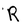
Character: R